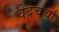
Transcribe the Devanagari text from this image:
वेदचर्चा